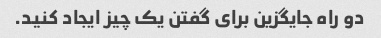
دو راه جایگزین برای گفتن یک چیز ایجاد کنید.